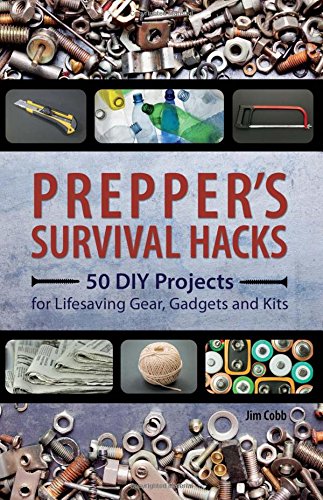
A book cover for Prepper's Survival Hacks: 50 DIY Projects for Lifesaving Gear, Gadgets and Kits; Jim Cobb; Reference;